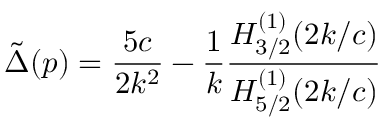
\tilde { \Delta } ( p ) = \frac { 5 c } { 2 k ^ { 2 } } - \frac { 1 } { k } \frac { H _ { 3 / 2 } ^ { ( 1 ) } ( 2 k / c ) } { H _ { 5 / 2 } ^ { ( 1 ) } ( 2 k / c ) }